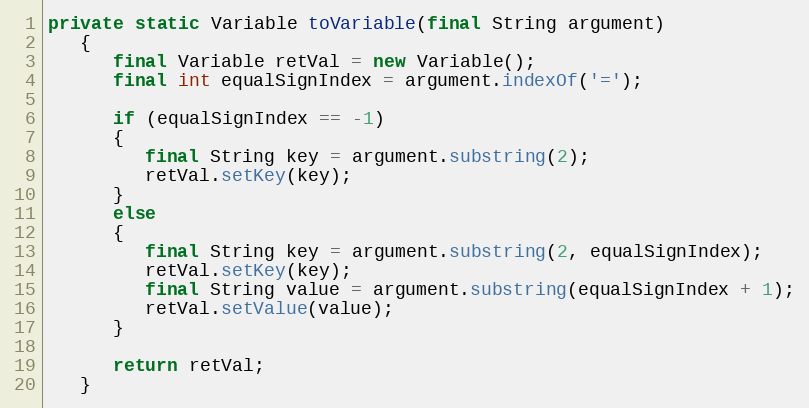
Language: Java
private static Variable toVariable(final String argument)
   {
      final Variable retVal = new Variable();
      final int equalSignIndex = argument.indexOf('=');

      if (equalSignIndex == -1)
      {
         final String key = argument.substring(2);
         retVal.setKey(key);
      }
      else
      {
         final String key = argument.substring(2, equalSignIndex);
         retVal.setKey(key);
         final String value = argument.substring(equalSignIndex + 1);
         retVal.setValue(value);
      }

      return retVal;
   }